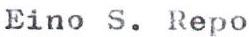
Eino S. Repo